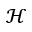
\mathcal { H }